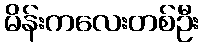
မိန်းကလေးတစ်ဦး